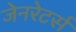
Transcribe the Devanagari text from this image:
जेनरेटर्स